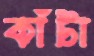
কাঁটা